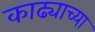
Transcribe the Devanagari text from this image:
काढ्याच्या